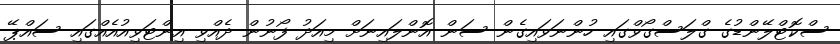
ސްކޮޓްލޭންޑުގެ ގްލަސްގޯވްގައި ހުންނަވައިގެން ސަން އޮންލައިނަށް މިއަދު ފޯނުން ދެއްވި އިންޓަވިއުއެއްގައި ސައްޕޭ